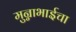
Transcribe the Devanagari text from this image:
मुन्नाभाईचा